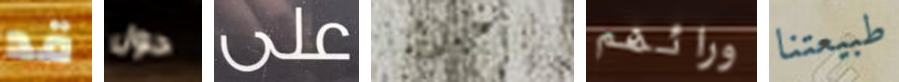
قد حول على بالأسبانية ورائهم طبيعتنا